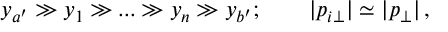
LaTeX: y _ { a ^ { \prime } } \gg y _ { 1 } \gg . . . \gg y _ { n } \gg y _ { b ^ { \prime } } ; \qquad | p _ { i \perp } | \simeq | p _ { \perp } | \, ,